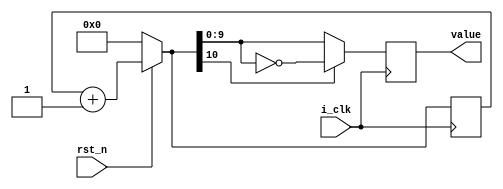
module center_aligned_PWM #(parameter WIDTH = 10)   //Change the WIDTH parameter to set the counter width
(
  input wire i_clk,
  input wire rst_n,
  output reg [WIDTH-1:0] value
);

  reg [WIDTH:0] counter;

  always @(posedge i_clk) 
  begin
    if (rst_n == 0)
        counter <= 'b0;
    else
        counter = counter + 1'b1;
        
    if (counter[WIDTH] == 1)        //If the MSB direction flag bit is 1, the count direction is DOWN so we invert the output value
      value = ~counter[WIDTH-1:0];
    else
      value =  counter[WIDTH-1:0];
  end
  
endmodule